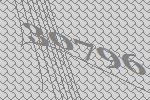
30796